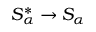
S _ { \alpha } ^ { * } \rightarrow S _ { \alpha }